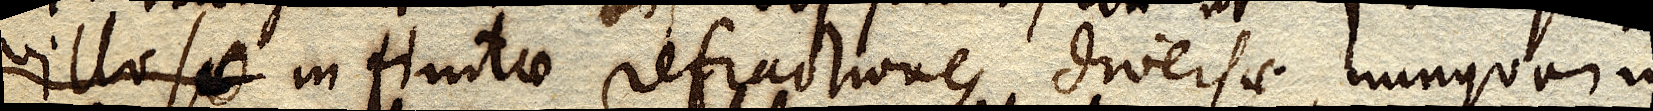
villoso infinitae refractiones, diversae, nunquam in